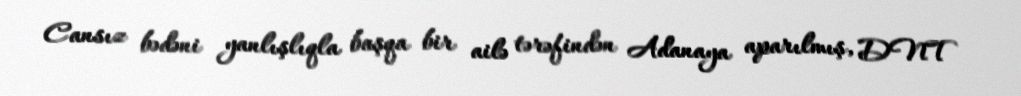
Cansız bədəni yanlışlıqla başqa bir ailə tərəfindən Adanaya aparılmış, DNT